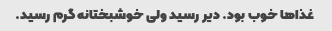
غذاها خوب بود. دیر رسید ولی خوشبختانه گرم رسید.